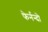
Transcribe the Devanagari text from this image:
फेर्नन्दो